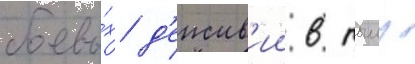
боевы́х д'еиств'ии в тылу